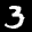
Label: 3